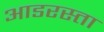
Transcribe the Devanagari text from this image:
आडरस्ता